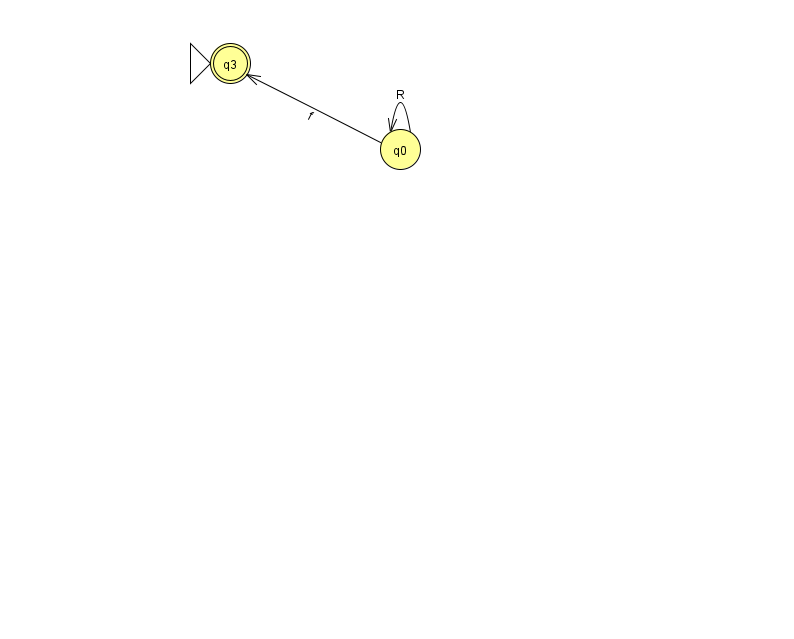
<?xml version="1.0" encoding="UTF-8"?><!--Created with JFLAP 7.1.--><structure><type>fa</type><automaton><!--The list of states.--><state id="0" name="q0"><x>400.0</x><y>136.0</y></state><state id="3" name="q3"><x>230.0</x><y>50.0</y><initial/><final/></state><!--The list of transitions.--><transition><from>0</from><to>0</to><read>R</read></transition><transition><from>0</from><to>3</to><read>f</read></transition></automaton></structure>